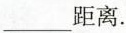
___距离。